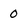
Character: 0